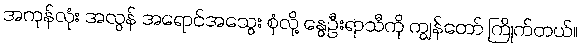
အကုန်လုံး အလွန် အရောင်အသွေး စုံလို့ နွေဦးရာသီကို ကျွန်တော် ကြိုက်တယ်။